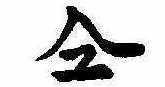
同